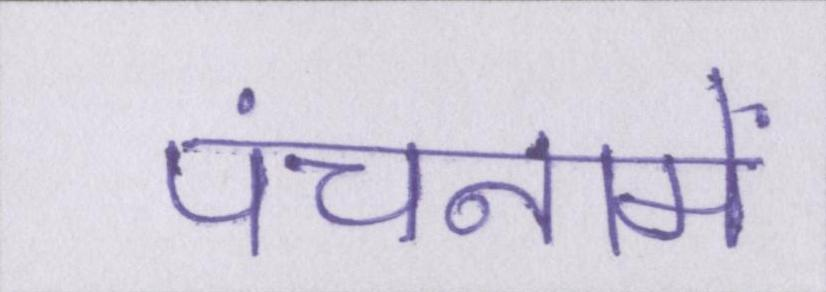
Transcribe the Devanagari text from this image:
पंचनामें